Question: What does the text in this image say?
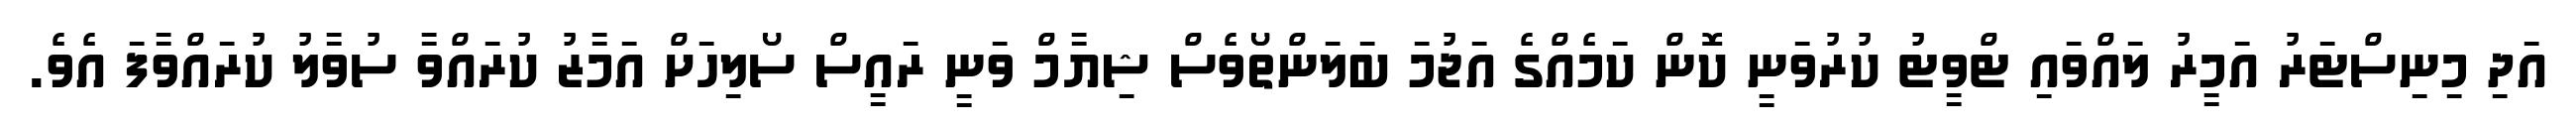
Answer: އަދި މިނިސްޓަރު އަމީރު ލައްވައި ޓްވީޓު ކުރުވަނީ ކޮން ކަމެއްގެ އަޖުމަ ބަލަންތޯވެސް ޝިޔާމް ވަނީ ރައީސް ސޯލިހަށް އަމާޒު ކުރައްވާ ސުވާލު ކުރައްވާފަ އެވެ.